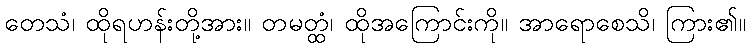
တေသံ၊ ထိုရဟန်းတို့အား။ တမတ္ထံ၊ ထိုအကြောင်းကို။ အာရောစေသိ၊ ကြား၏။